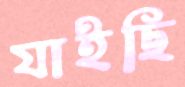
যাইছি